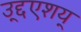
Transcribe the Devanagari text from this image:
उद्द्एशय्